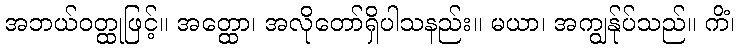
အဘယ်ဝတ္ထုဖြင့်။ အတ္ထော၊ အလိုတော်ရှိပါသနည်း။ မယာ၊ အကျွန်ုပ်သည်။ ကိံ၊